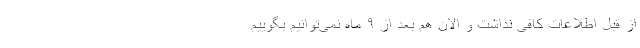
از قبل اطلاعات کافی نداشت و الان هم بعد از ۹ ماه نمی‌توانیم بگوییم